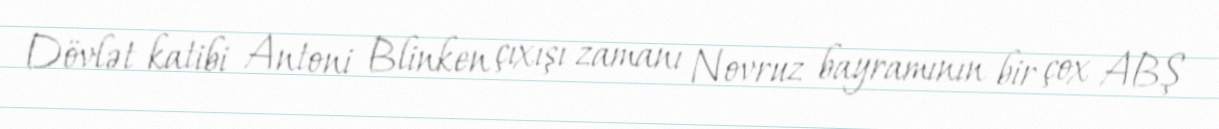
Dövlət katibi Antoni Blinken çıxışı zamanı Novruz bayramının bir çox ABŞ